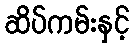
ဆိပ်ကမ်းနှင့်